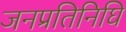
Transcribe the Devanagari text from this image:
जनप्रतिनिघि